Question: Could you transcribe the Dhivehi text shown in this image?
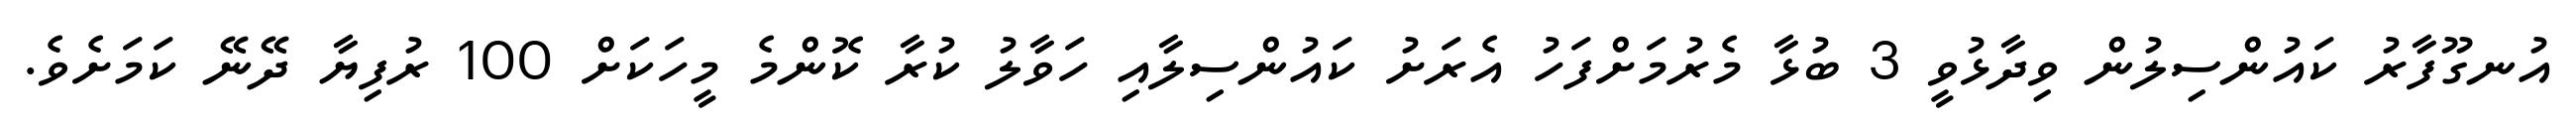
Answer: އުނގޫފާރު ކައުންސިލުން ވިދާޅުވީ 3 ބުޅާ މެރުމަށްފަހު އެރަށު ކައުންސިލާއި ހަވާލު ކުރާ ކޮންމެ މީހަކަށް 100 ރުފިޔާ ދޭނޭ ކަމަށެވެ.